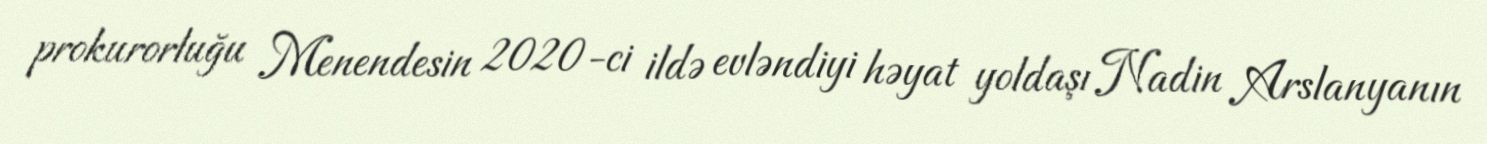
prokurorluğu Menendesin 2020-ci ildə evləndiyi həyat yoldaşı Nadin Arslanyanın